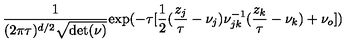
{ \frac { 1 } { ( 2 \pi \tau ) ^ { d / 2 } \sqrt { \mathrm { d e t } ( \nu ) } } } \mathrm { e x p } ( - \tau [ { \frac { 1 } { 2 } } ( { \frac { z _ { j } } { \tau } } - \nu _ { j } ) \nu _ { j k } ^ { - 1 } ( { \frac { z _ { k } } { \tau } } - \nu _ { k } ) + \nu _ { o } ] )